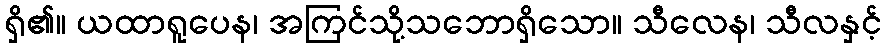
ရှိ၏။ ယထာရူပေန၊ အကြင်သို့သဘောရှိသော။ သီလေန၊ သီလနှင့်